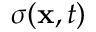
{ \boldsymbol { \sigma } } ( \mathbf { x } , t )